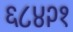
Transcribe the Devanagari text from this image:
६८४२१